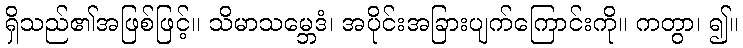
ရှိသည်၏အဖြစ်ဖြင့်။ သိမာသမ္ဘေဒံ၊ အပိုင်းအခြားပျက်ကြောင်းကို။ ကတွာ၊ ၍။